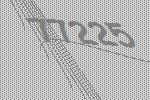
77225